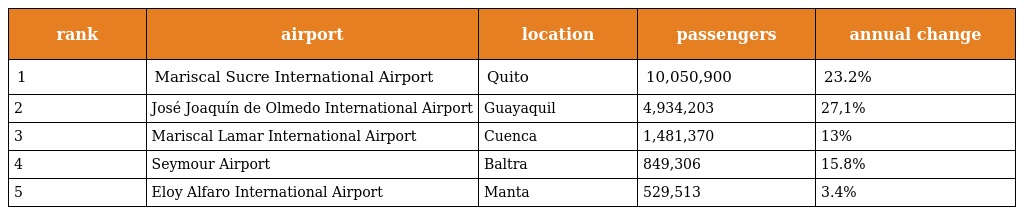
| rank | airport | location | passengers | annual change |
 | --- | --- | --- | --- | --- |
 | 1 | Mariscal Sucre International Airport | Quito | 10,050,900 | 23.2% |
 | 2 | José Joaquín de Olmedo International Airport | Guayaquil | 4,934,203 | 27,1% |
 | 3 | Mariscal Lamar International Airport | Cuenca | 1,481,370 | 13% |
 | 4 | Seymour Airport | Baltra | 849,306 | 15.8% |
 | 5 | Eloy Alfaro International Airport | Manta | 529,513 | 3.4% |